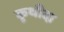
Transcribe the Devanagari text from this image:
कृथीदा